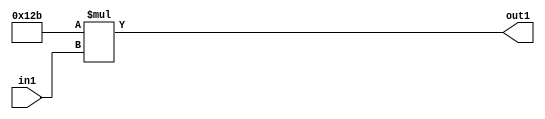
`timescale 1ps / 1ps
/*****************************************************************************
    Verilog RTL Description
    
    
    Created by: Stratus DpOpt 2019.1.01 
*******************************************************************************/

module SobelFilter_Mul2i299u8_1 (
	in1,
	out1
	); /* architecture "behavioural" */ 
input [7:0] in1;
output [16:0] out1;
wire [16:0] asc001;

assign asc001 = 
	+(17'B00000000100101011 * in1);

assign out1 = asc001;
endmodule

/* CADENCE  urn3TQk= : u9/ySgnWtBlWxVPRXgAZ4Og= ** DO NOT EDIT THIS LINE ******/